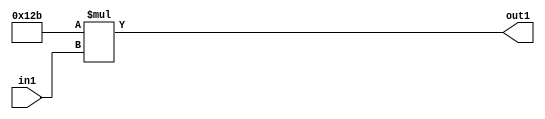
`timescale 1ps / 1ps
/*****************************************************************************
    Verilog RTL Description
    
    
    Created by: Stratus DpOpt 2019.1.01 
*******************************************************************************/

module SobelFilter_Mul2i299u8_1 (
	in1,
	out1
	); /* architecture "behavioural" */ 
input [7:0] in1;
output [16:0] out1;
wire [16:0] asc001;

assign asc001 = 
	+(17'B00000000100101011 * in1);

assign out1 = asc001;
endmodule

/* CADENCE  urn3TQk= : u9/ySgnWtBlWxVPRXgAZ4Og= ** DO NOT EDIT THIS LINE ******/